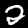
Label: 2